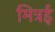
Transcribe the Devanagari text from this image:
मित्रई